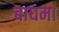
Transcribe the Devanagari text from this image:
बाघमा